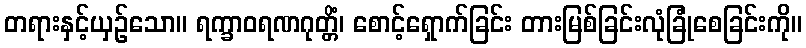
တရားနှင့်ယှဉ်သော။ ရက္ခာဝရဏဂုတ္တိံ၊ စောင့်ရှောက်ခြင်း တားမြစ်ခြင်းလုံခြုံစေခြင်းကို။